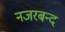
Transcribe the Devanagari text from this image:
नजरबन्‍द